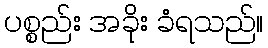
ပစ္စည်း အခိုး ခံရသည်။